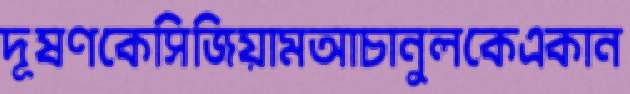
দূষণকেসিজিয়ামআচানুলকেএকান